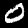
Digit: 0